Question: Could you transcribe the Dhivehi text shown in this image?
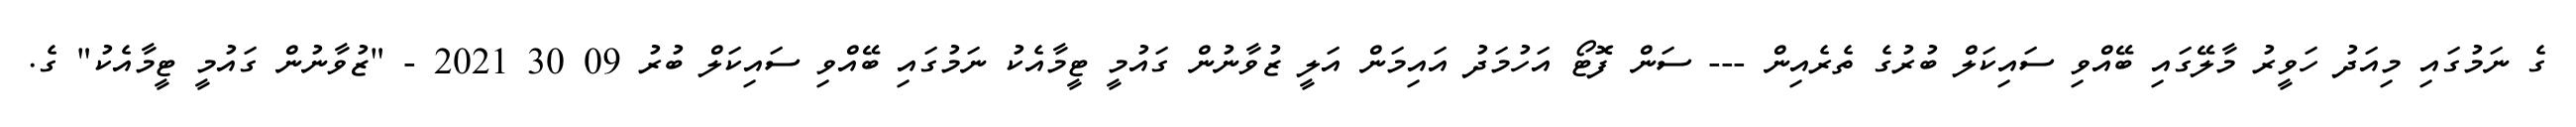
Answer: ގެ ނަމުގައި މިއަދު ހަވީރު މާލޭގައި ބޭއްވި ސައިކަލް ބުރުގެ ތެރެއިން --- ސަން ފޮޓޯ އަހުމަދު އައިމަން އަލީ ޒުވާނުން ގައުމީ ޓީމާއެކު ނަމުގައި ބޭއްވި ސައިކަލް ބުރު 09 30 2021 - "ޒުވާނުން ގައުމީ ޓީމާއެކު" ގެ.